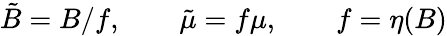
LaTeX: {\tilde{B}}=B/f,\qquad{\tilde{\mu}}=f\mu,\qquad f=\eta(B)